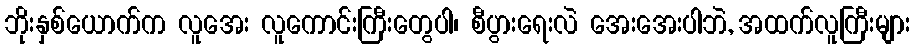
ဘိုးနှစ်ယောက်က လူအေး လူကောင်းကြီးတွေပါ၊ စီပွားရေးလဲ အေးအေးပါဘဲ, အထက်လူကြီးများ